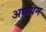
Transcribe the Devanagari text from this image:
अध्ध्यन